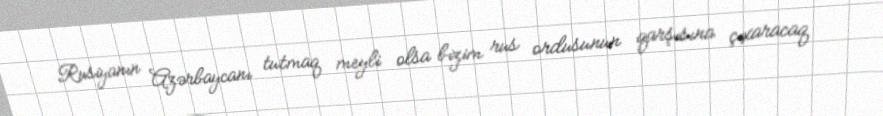
Rusiyanın Azərbaycanı tutmaq meyli olsa bizim rus ordusunun qarşısına çıxaracaq